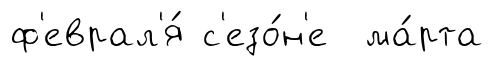
ф'еврал'я́ с'езо́н'е ма́рта